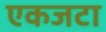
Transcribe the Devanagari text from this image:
एकजटा